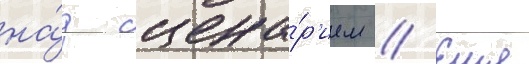
на́д сцена́р'ием // Еще